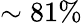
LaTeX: \sim 81\%